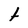
Character: t